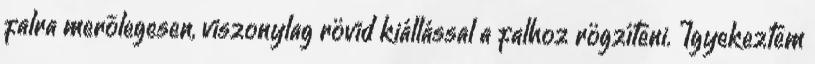
falra merõlegesen, viszonylag rövid kiállással a falhoz rögzíteni. Igyekeztem